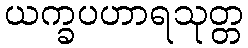
ယက္ခပဟာရသုတ္တ